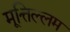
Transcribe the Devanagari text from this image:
मूत्तिल्लम